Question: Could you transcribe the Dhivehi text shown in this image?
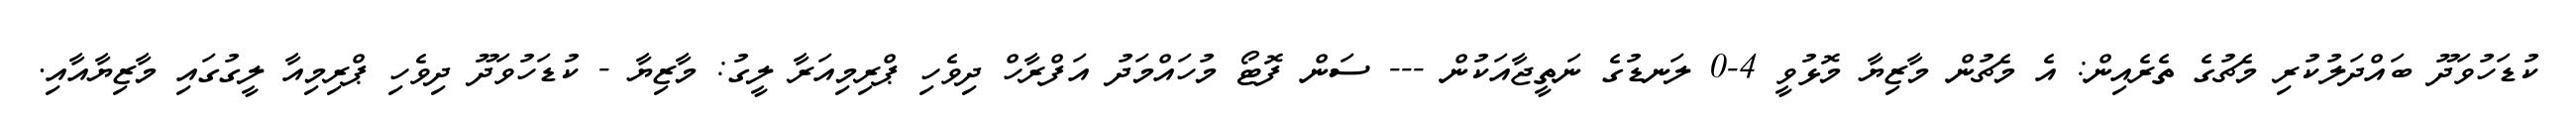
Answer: ކުޑަހުވަދޫ ބައްދަލުކުރި މެޗުގެ ތެރެއިން: އެ މެޗުން މާޒިޔާ މޮޅުވީ 4-0 ލަނޑުގެ ނަތީޖާއަކުން --- ސަން ފޮޓޯ މުހައްމަދު އަފްރާހް ދިވެހި ޕްރިމިއަރާ ލީގު: މާޒިޔާ - ކުޑަހުވަދޫ ދިވެހި ޕްރިމިއާ ލީގުގައި މާޒިޔާއާއި.